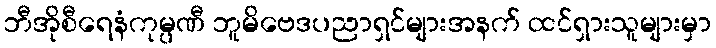
ဘီအိုစီရေနံကုမ္ပဏီ ဘူမိဗေဒပညာရှင်များအနက် ထင်ရှားသူများမှာ